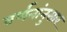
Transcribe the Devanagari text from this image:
वर्णनांनुसार